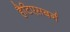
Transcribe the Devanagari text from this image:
हैटिएसबर्ग